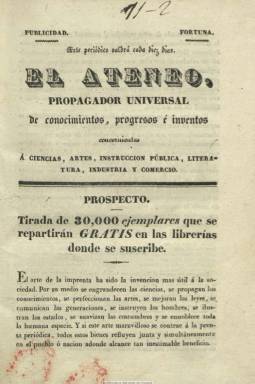
Título: El Ateneo (Madrid. 1833)
Colección: Cultura
Ámbito geográfico: Madrid
Lugar de publicación: Madrid
Fechas: 01/12/1833-15/05/1834

Tras el fallecimiento de Fernando VII y la asunción de la regencia del Reino por María Cristina, ante la minoría de Isabel II, la libertad de imprenta vuelve a recobrar bríos. Así, a finales de 1833 este nuevo periódico lanza 30.000 ejemplares gratuitos de su prospecto, que distribuye en las librerías de Madrid y principales ciudades españolas y en las redacciones de los recién creados “boletines oficiales” de las capitales de provincias en donde podrá suscribirse.

Comenzará a editarse a partir de cinco de enero siguiente, como “propagador” de los asuntos concernientes a las ciencias, artes, instrucción pública, literatura, industria y comercio, saliendo con “Real privilegio” de las prensas de F. Pascual. Manifiesta que será ajeno a las luchas políticas y contrario a las invectivas y sátiras de la prensa coetánea, siendo afín, por tanto, al statu quo.

Inserta artículos sobre las materias citadas, pero también de historia, costumbres, ciencias naturales y eclesiásticas, numismática, sobre las reformas del poder judicial, la nueva división territorial, la libertad de imprenta, las sociedades económicas y las academias, abundando los dedicados a la enseñanza e instrucción pública y a la literatura, siendo uno de sus redactores Ramón Soler, autor de un libro de Gramática parda, tal como se indica en uno de los artículos en los que analiza críticamente la prensa coetánea, a la que dedica otra sección especial. También inserta textos creativos, sobre todo en verso (letrillas, romances, sonetos), así como noticias diversas, variedades y comunicados.

Sus primeras entregas aparecen cada diez días y forman un volumen de 152 páginas continuadas. A partir del cinco de marzo aparecerá cada cinco días una entrega, de dieciséis páginas, con la cabecera estampada, seriada y fechada; y a partir del número 10 (veinte de marzo) estampará un grabado junto al título, al que acompaña las leyendas “Publicidad” y “Fortuna”, reduciendo las entregas a un pliego que forman ocho páginas, pero aumentando el formato y compuesto a dos columnas. El 21 es el último número de la colección de este título, del que escasamente se ha ocupado la bibliografía, y corresponde al 15 de mayo de 1834, por lo que su vida fue efímera.